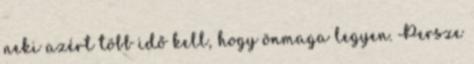
neki azért több idő kell, hogy önmaga legyen. Persze